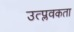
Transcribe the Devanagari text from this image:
उत्प्लवकता